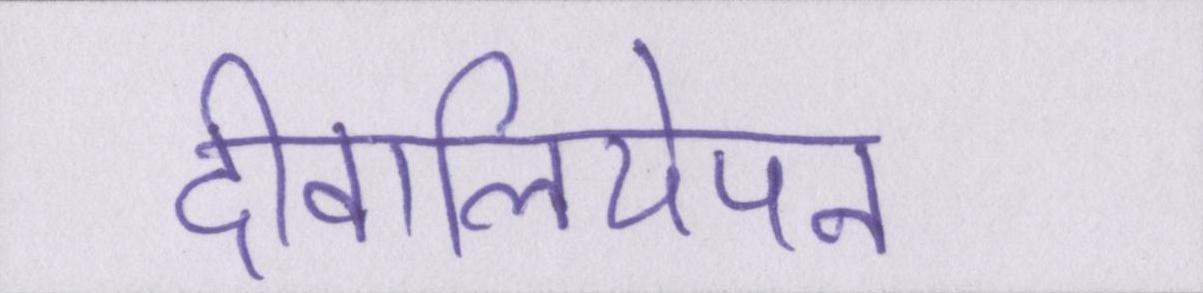
दीवालियेपन